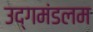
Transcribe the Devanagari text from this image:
उद्गमंडलम